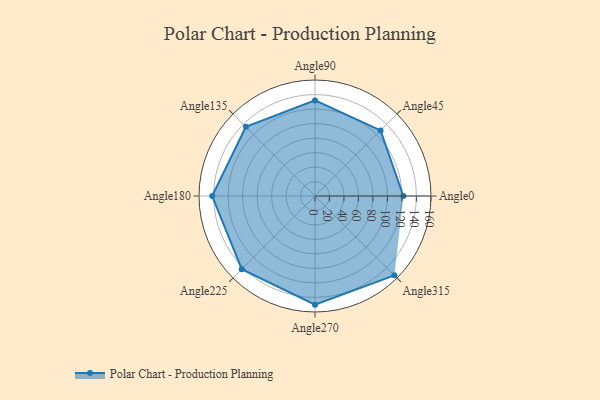
{"axis": {"x": "Angle", "y": "Radius"}, "legend": [""], "data": [{"x": "Angle0", "y": 122.0, "type": ""}, {"x": "Angle45", "y": 128.0, "type": ""}, {"x": "Angle90", "y": 132.0, "type": ""}, {"x": "Angle135", "y": 135.0, "type": ""}, {"x": "Angle180", "y": 142.0, "type": ""}, {"x": "Angle225", "y": 143.0, "type": ""}, {"x": "Angle270", "y": 150.0, "type": ""}, {"x": "Angle315", "y": 155.0, "type": ""}]}